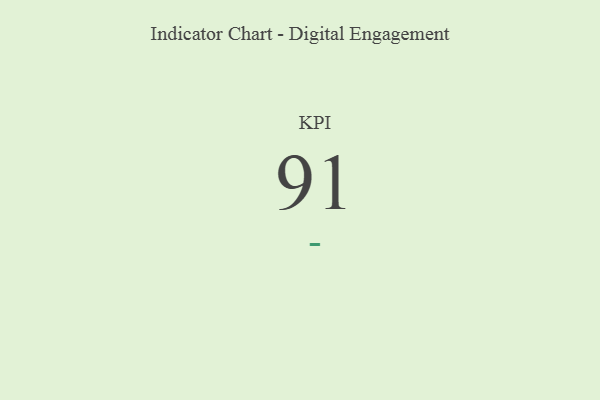
{"axis": {"x": "KPI", "y": "Value"}, "legend": [""], "data": [{"x": "KPI", "y": 91, "type": ""}]}